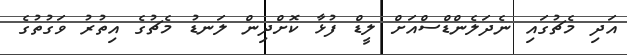
އަދި މެޗުގައި ނެދަލެންޑްސްއަށް ލީޑް ފުޅާ ކޮށްދިން ލަނޑު މެޗުގެ އިތުރު ވަގުތުގެ